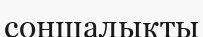
соншалықты